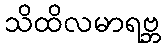
သိထိလမာရဗ္ဘ